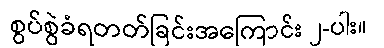
စွပ်စွဲခံရတတ်ခြင်းအကြောင်း ၂-ပါး။